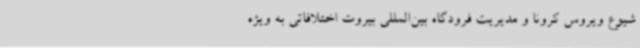
شیوع ویروس کرونا و مدیریت فرودگاه بین‌المللی بیروت اختلافاتی به ویژه